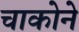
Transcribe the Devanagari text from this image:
चाकोने